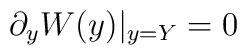
\partial _{y}W(y)|_{y=Y}=0